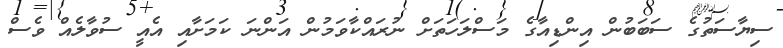
ސިޔާސަތުގެ ސަބަބުން އިންޑިއާގެ މަސްލަހަތަށް ނުރައްކާވަމުން އަންނަ ކަމަށާއި އެއީ ސުވާލެއް ވެސް